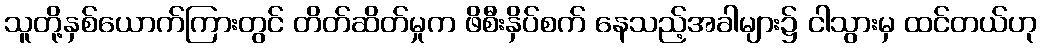
သူတို့နှစ်ယောက်ကြားတွင် တိတ်ဆိတ်မှုက ဖိစီးနှိပ်စက် နေသည့်အခါများ၌ ငါသွားမှ ထင်တယ်ဟု